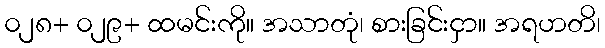
၀၂၈+ ၀၂၉+ ထမင်းကို။ အသာတုံ၊ စားခြင်းငှာ။ အရဟတိ၊